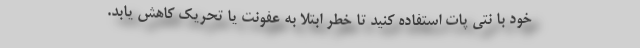
خود با نتی پات استفاده کنید تا خطر ابتلا به عفونت یا تحریک کاهش یابد.